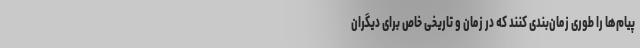
پیام‌ها را طوری زمان‌بندی کنند که در زمان و تاریخی خاص برای دیگران